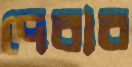
দেবার